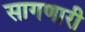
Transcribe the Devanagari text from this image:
सागणारी